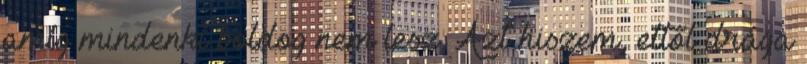
amíg mindenki boldog nem lesz. Azt hiszem, ettől drága